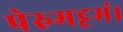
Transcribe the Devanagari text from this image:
पेरुमट्टमं।